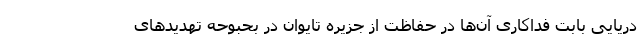
دریایی بابت فداکاری آن‌ها در حفاظت از جزیره تایوان در بحبوحه تهدیدهای